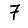
Digit: 7